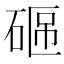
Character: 𥓟